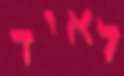
לאיד